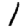
Digit: 1